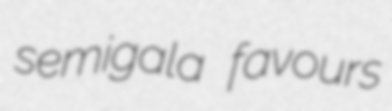
semigala favours